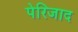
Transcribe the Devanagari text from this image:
पेरिजाद